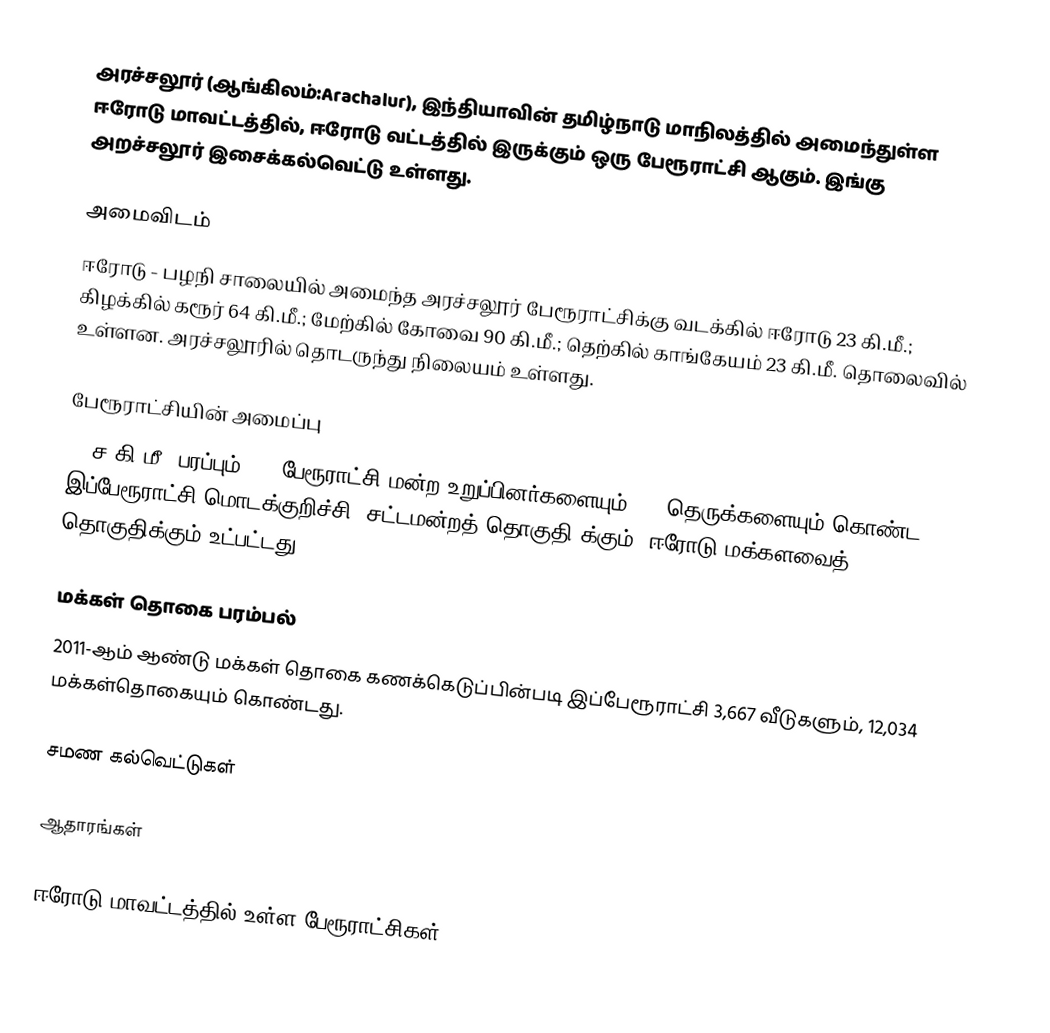
அரச்சலூர் (ஆங்கிலம்:Arachalur), இந்தியாவின் தமிழ்நாடு மாநிலத்தில் அமைந்துள்ள ஈரோடு மாவட்டத்தில், ஈரோடு வட்டத்தில் இருக்கும் ஒரு பேரூராட்சி ஆகும். இங்கு அறச்சலூர் இசைக்கல்வெட்டு உள்ளது.

அமைவிடம்
ஈரோடு - பழநி சாலையில் அமைந்த அரச்சலூர் பேரூராட்சிக்கு வடக்கில் ஈரோடு 23 கி.மீ.; கிழக்கில் கரூர் 64 கி.மீ.; மேற்கில் கோவை 90 கி.மீ.; தெற்கில் காங்கேயம் 23 கி.மீ. தொலைவில் உள்ளன. அரச்சலூரில் தொடருந்து நிலையம் உள்ளது.

பேரூராட்சியின் அமைப்பு
26 ச.கி.மீ. பரப்பும், 15 பேரூராட்சி மன்ற உறுப்பினர்களையும், 76 தெருக்களையும் கொண்ட இப்பேரூராட்சி மொடக்குறிச்சி   (சட்டமன்றத் தொகுதி)க்கும், ஈரோடு மக்களவைத் தொகுதிக்கும் உட்பட்டது.

மக்கள் தொகை பரம்பல்
2011-ஆம் ஆண்டு மக்கள் தொகை கணக்கெடுப்பின்படி  இப்பேரூராட்சி   3,667    வீடுகளும்,   12,034 மக்கள்தொகையும் கொண்டது.

சமண கல்வெட்டுகள்

ஆதாரங்கள்

ஈரோடு மாவட்டத்தில் உள்ள பேரூராட்சிகள்